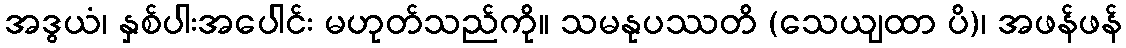
အဒွယံ၊ နှစ်ပါးအပေါင်း မဟုတ်သည်ကို။ သမနုပဿတိ (သေယျထာ ပိ)၊ အဖန်ဖန်